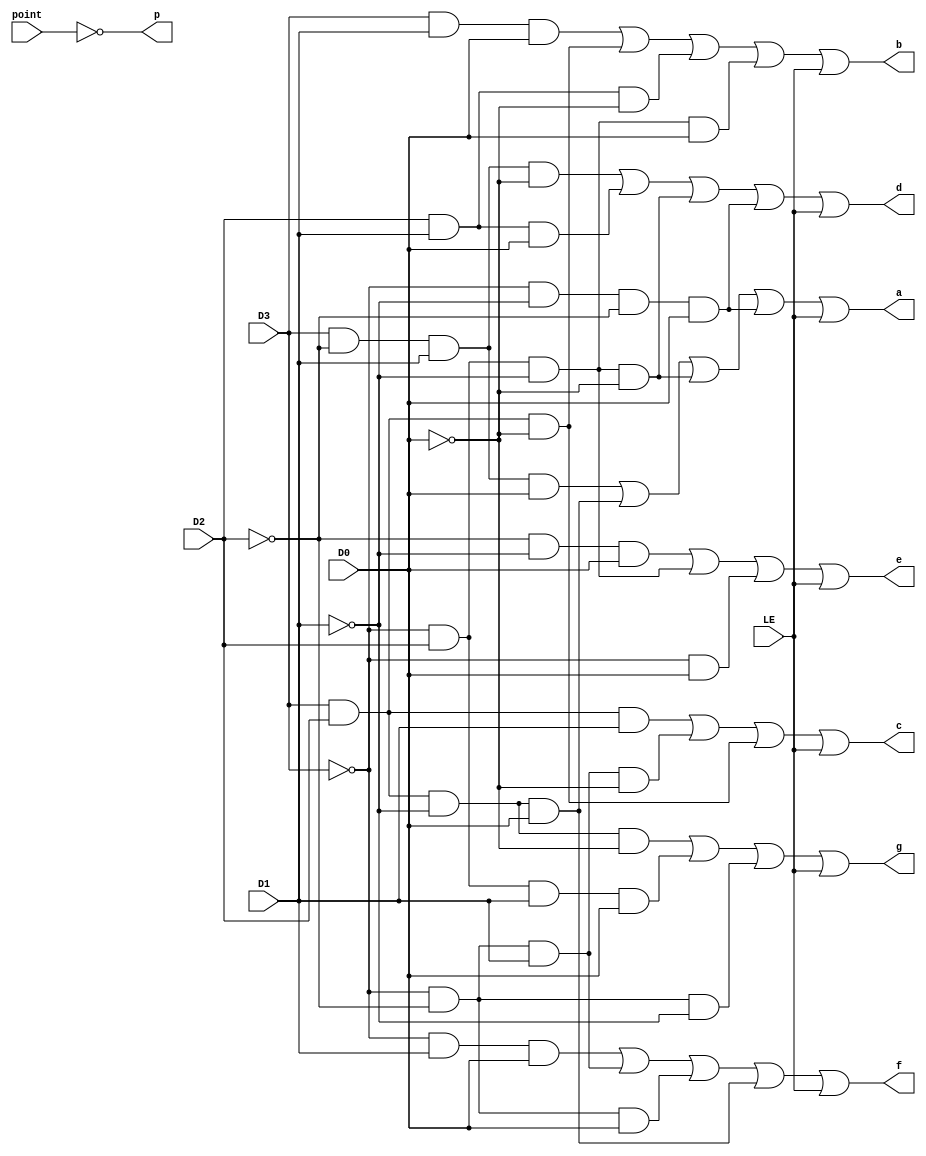
module MyMC14495 (
    input D0, 
    input D1, 
    input D2, 
    input D3, 
    input LE, 
    input point,
    output reg a, 
    output reg b, 
    output reg c, 
    output reg d, 
    output reg e, 
    output reg f, 
    output reg g, 
    output reg p
);

//
wire D0_not = ~D0;
wire D1_not = ~D1;
wire D2_not = ~D2;
wire D3_not = ~D3;
wire point_not = ~point;


//
wire and1 = D3 & D2 & D1_not & D0_not;
wire and2 = D3_not & D2 & D1 & D0;
wire and3 = D3_not & D2_not & D1_not;
wire and4 = D3_not & D1 & D0;
wire and5 = D3_not & D2_not & D1;
wire and6 = D3_not & D2_not & D0;
wire and7 = D2_not & D1_not & D0;
wire and8 = D3_not & D2 & D1_not;
wire and9 = D3_not & D0;
wire and10 = D3 & D2_not & D1 & D0_not;
wire and11 = D2 & D1 & D0;
wire and12 = D3 & D2 & D1;
wire and13 = D3_not & D2_not & D1 & D0_not;
wire and14 = D3 & D1 & D0;
wire and15 = D3 & D2 & D0_not;
wire and16 = D2 & D1 & D0_not;
wire and17 = D3_not & D2 & D1_not & D0;
wire and18 = D3 & D2_not & D1 & D0;
wire and19 = D3 & D2 & D1_not & D0;
wire and20 = D3_not & D2 & D1_not & D0_not;
wire and21 = D3_not & D1_not & D2_not & D0;

//?
wire _g = and1 | and2 | and3;
wire _f = and4 | and5 |and6 | and19;
wire _e = and7 | and8 | and9;
wire _d = and10 | and11 | and20 | and21;
wire _c = and12 | and13 | and15;
wire _b = and14 |and15 | and16 | and17;
wire _a = and18 | and19 | and20 | and21;

always @(*) begin
    a = _a | LE;
    b = _b | LE;
    c = _c | LE;
    d = _d | LE;
    e = _e | LE;
    f = _f | LE;
    g = _g | LE;
    p = ~point;
end


endmodule